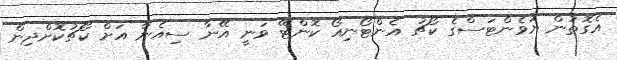
އެގޮތުން ޔުވެންޓަސްގެ ކޯޗު އެންޓޯނިއޯ ކޮންޓޭ ވަނީ އޭނާ ސިއެނާ އަށް ކޯޗުކޮށްދިން